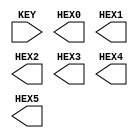
module lab3(
input  KEY, 
output [7:0] HEX0,
output [7:0] HEX1,
output [7:0] HEX2,
output [7:0] HEX3,
output [7:0] HEX4,
output [7:0] HEX5
);

genvar j; 
generate
    for (j=0; j<6; j=j+1) 
        begin: gen2 
            case(j) 
                0: assign HEX0[2]=KEY, HEX0[5]=KEY, HEX0[7]=KEY; 
                1: assign HEX1[4]=KEY, HEX1[5]=KEY; 
                2: assign HEX2[6]=KEY, HEX2[7]=KEY; 
                3: assign HEX3[1]=KEY, HEX3[4]=KEY; 
                4: assign HEX4[6]=KEY, HEX4[7]=KEY; 
                5: assign HEX5[4]=KEY, HEX5[5]=KEY, HEX4[7]=KEY; 

                endcase
        end 
    endgenerate 
    endmodule